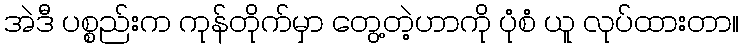
အဲဒီ ပစ္စည်းက ကုန်တိုက်မှာ တွေ့တဲ့ဟာကို ပုံစံ ယူ လုပ်ထားတာ။